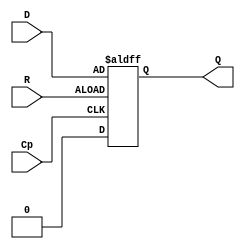
/*
===================================================================
Project Name    : 227
File Name       : 1_4_3.v
Encoding        : UTF-8
Creation Date   : 2021/4/15
===================================================================
*/

module D_FF(D, Cp, R, Q);
	input D, Cp, R;
	output Q;
	reg Q;

	always @(posedge Cp or posedge R)begin
		Q <= 1'b0;
		if(R == 1'b0)
			Q <= 1'b0;
		else
			Q <= D;
	end

endmodule

module D7counter(Cp, R, y1, y2, y3);
	input Cp, R;
	output y1, y2, y3;
	wire tmp1, tmp2, tmp3, tmp4, tmp5, tmp6, D1, D2, D3;

	and(tmp1, ~y1, ~y2);
	and(tmp2, ~y1, ~y3);
	and(tmp3, y1, ~y2);
	and(tmp4, ~y1, y2, ~y3);
	and(tmp5, y1, y2);
	and(tmp6, ~y2, y3);
	or(D1, tmp1, tmp2);
	or(D2, tmp3, tmp4);
	or(D3, tmp5, tmp6);

	D_FF ex1(D1, Cp, R, y1);
	D_FF ex2(D2, Cp, R, y2);
	D_FF ex3(D3, Cp, R, y3);

endmodule